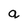
Character: a